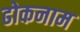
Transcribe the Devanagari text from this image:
ढोकनाम